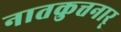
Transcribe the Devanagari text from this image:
नातकुत्तनार्